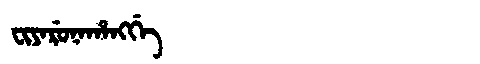
Manchu: ᠸᡳᠶᠠᡵᡠᠨᠠᡥᠠᠩᡤᡝ
Romanization: FIYARUNAHANGGE